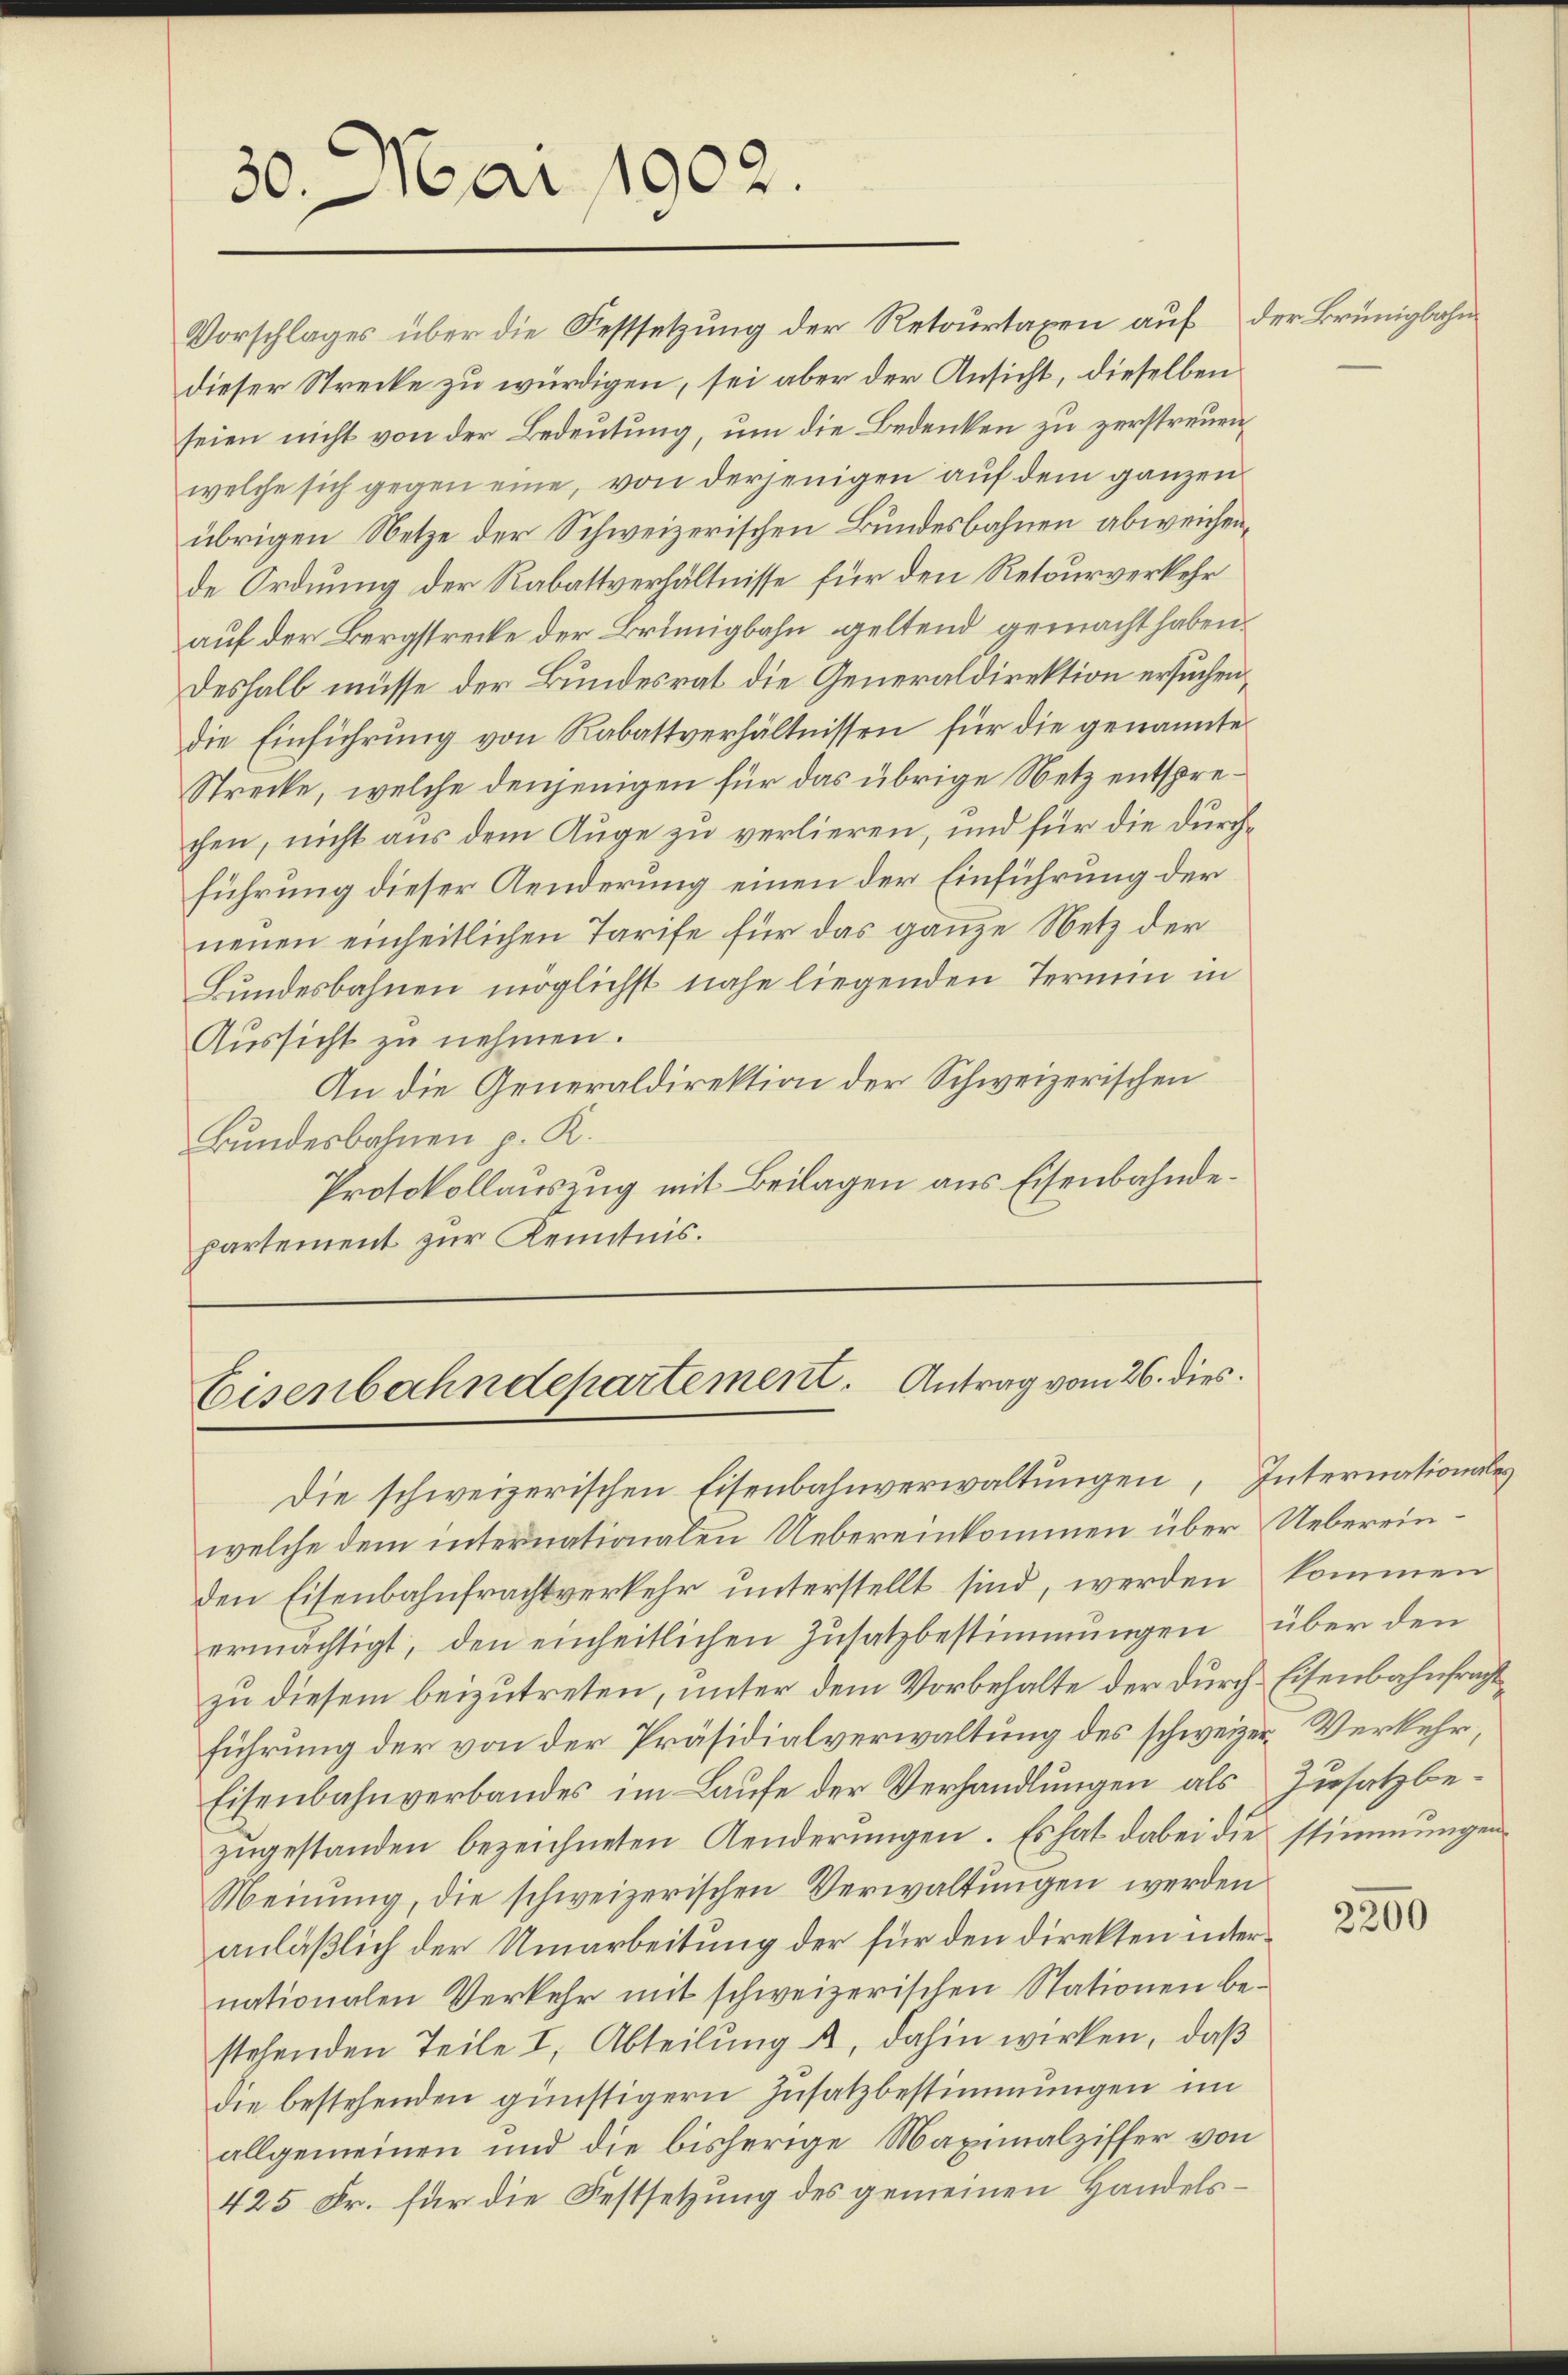
30. Mai 1902.

Vorschlages über die Festsetzung der Retourtaxen auf der Brünigbahn
dieser Strecke zu würdigen, sei aber der Ansicht, dieselben
seien nicht von der Bedeutung, um die Bedenken zu zerstreuen,
welche sich gegen eine, von derjenigen auf dem ganzen
übrigen Netze der Schweizerischen Bundesbahnen abweichende Ordnung der Rabattverhältnisse für den Retourverkehr
auf der Bergstrecke der Brünigbahn geltend gemacht haben.
Deshalb müsse der Bundesrat die Generaldirektion ersuchen,
die Einführung von Kabattverhältnissen für die genannte
Strecke, welche denjenigen für das übrige Netz entsprechen, nicht aus dem Auge zu verlieren, und für die durchführung dieser Aenderung einen der Einführung der
neuen einheitlichen Tarife für das ganze Netz der
Bundesbahnen möglichst nahe liegenden Termin in
Aussicht zu nehmen.
An die Generaldirektion der Schweizerischen
Bundesbahnen p. K.
Protokollauszug mit Beilagen aus Eisenbahndepartement zur Kenntnis.

Eisenbahndepartement. Antrag vom 26. dies

Die schweizerischen Eisenbahnverwaltungen, Internationales
welche dem internationalen Uebereinkommen über Uebereinden Eisenbahnfrachtverkehr unterstellt sind, werden kommen
ermächtigt, den einheitlichen Zusatzbestimmungen über den
zu diesem beizutreten, unter dem Vorbehalte der durch Eisenbahnfragt
führung der von der Präsidialverwaltung des schweizer Verkehr,
Eisenbahnverbandes im Laufe der Verhandlungen als
zŭgestanden bezeichneten Aenderŭngen. Es hat dabei die stimmungen
Meinung, die schweizerischen Verwaltungen werden
anläßlich der Umarbeitung der für den direkten internationalen Verkehr mit schweizerischen Stationen bestehenden Teile I, Abteilung u. dahin wirken, daß
die bestehenden günstigern Zusatzbestimmungen im
allgemeinen und die bisherige Maximalziffer von
425 Fr. für die Festsetzung des gemeinen Handels¬

Zusatz be¬

2300